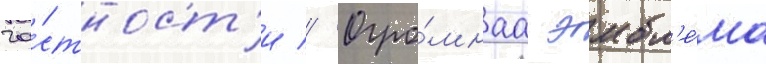
ча́стност'и // Огро́мнаа эмбл'е́ма